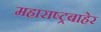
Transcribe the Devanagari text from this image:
महाराष्ट्रबाहेर